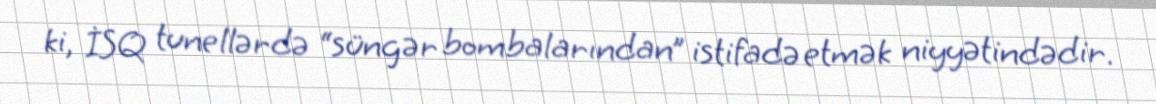
ki, İSQ tunellərdə “süngər bombalarından” istifadə etmək niyyətindədir.